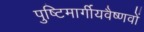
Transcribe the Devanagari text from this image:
पुष्टिमार्गीयवैष्णवों